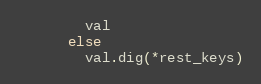
Language: Ruby
        val
      else
        val.dig(*rest_keys)